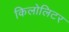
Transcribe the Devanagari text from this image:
किलोलिटर